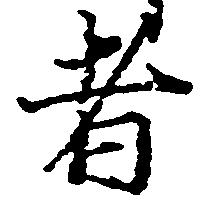
者